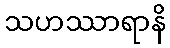
သဟဿာရာနိ